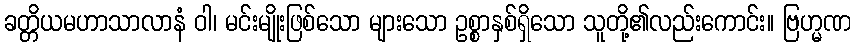
ခတ္တိယမဟာသာလာနံ ဝါ၊ မင်းမျိုးဖြစ်သော များသော ဥစ္စာနှစ်ရှိသော သူတို့၏လည်းကောင်း။ ဗြဟ္မဏ